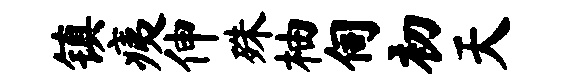
镇痍伸殊柚伺初天